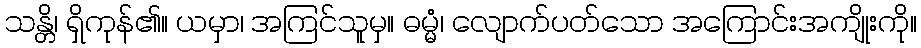
သန္တိ၊ ရှိကုန်၏။ ယမှာ၊ အကြင်သူမှ။ ဓမ္မံ၊ လျောက်ပတ်သော အကြောင်းအကျိုးကို။